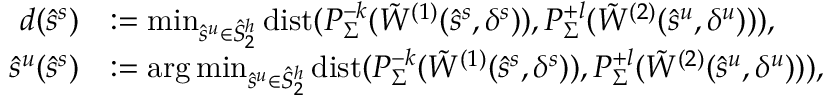
\begin{array} { r l } { d ( \hat { s } ^ { s } ) } & { : = \operatorname* { m i n } _ { \hat { s } ^ { u } \in \hat { S } _ { 2 } ^ { h } } \mathrm { d i s t } ( P _ { \Sigma } ^ { - k } ( { \tilde { W } } ^ { ( 1 ) } ( \hat { s } ^ { s } , \delta ^ { s } ) ) , P _ { \Sigma } ^ { + l } ( { \tilde { W } } ^ { ( 2 ) } ( \hat { s } ^ { u } , \delta ^ { u } ) ) ) , } \\ { \hat { s } ^ { u } ( \hat { s } ^ { s } ) } & { : = \arg \operatorname* { m i n } _ { \hat { s } ^ { u } \in \hat { S } _ { 2 } ^ { h } } \mathrm { d i s t } ( P _ { \Sigma } ^ { - k } ( { \tilde { W } } ^ { ( 1 ) } ( \hat { s } ^ { s } , \delta ^ { s } ) ) , P _ { \Sigma } ^ { + l } ( { \tilde { W } } ^ { ( 2 ) } ( \hat { s } ^ { u } , \delta ^ { u } ) ) ) , } \end{array}